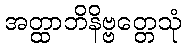
အတ္ထာဘိနိဗ္ဗတ္တေသုံ